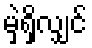
မှဲ့ရှိလျှင်